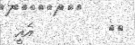
٣٥         އެއީ